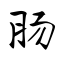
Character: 肠